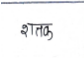
मजकूर: शतक